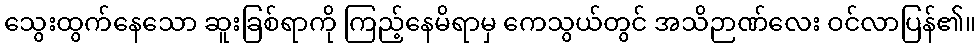
သွေးထွက်နေသော ဆူးခြစ်ရာကို ကြည့်နေမိရာမှ ကေသွယ်တွင် အသိဉာဏ်လေး ဝင်လာပြန်၏။